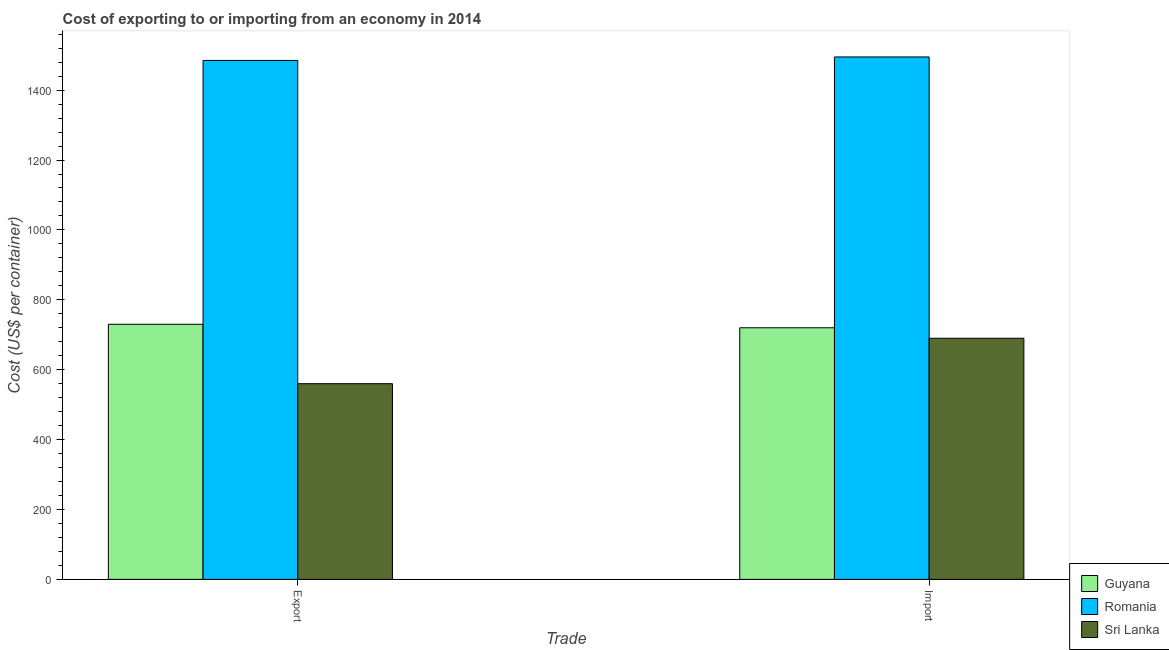
| Trade | Guyana | Romania | Sri Lanka |
 | --- | --- | --- | --- |
 | Export | 730 | 1.48e+03 | 560 |
 | Import | 720 | 1.5e+03 | 690 |